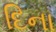
દિના